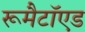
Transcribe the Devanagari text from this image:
रूमैटॉएड